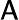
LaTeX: \textsf{A}